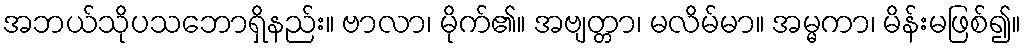
အဘယ်သိုပသဘောရှိနည်း။ ဗာလာ၊ မိုက်၏။ အဗျတ္တာ၊ မလိမ်မာ။ အမ္မကာ၊ မိန်းမဖြစ်၍။